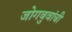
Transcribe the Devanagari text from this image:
जोगबुवांची